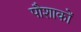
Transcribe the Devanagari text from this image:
पौशाकों